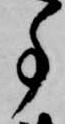
事